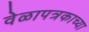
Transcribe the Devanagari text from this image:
वेळापत्रकाच्या